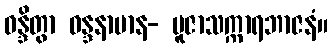
ဝန္ဒိတွာ ဝန္ဒနာမာန- ပူဇာသက္ကာရဘာဇနံ။